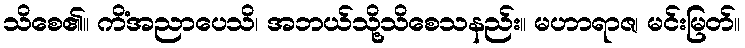
သိစေ၏။ ကိံအညာပေသိ၊ အဘယ်သို့သိစေသနည်း။ မဟာရာဇ၊ မင်းမြတ်။